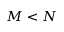
M < N